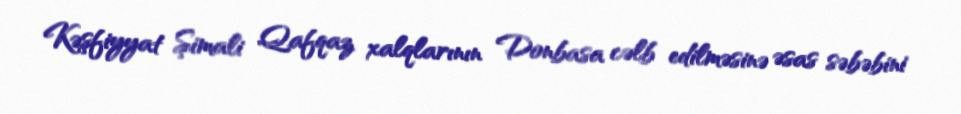
Kəşfiyyat Şimali Qafqaz xalqlarının Donbasa cəlb edilməsinə əsas səbəbini